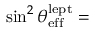
\sin ^ { 2 } \theta _ { \mathrm { e f f } } ^ { \mathrm { l e p t } } =